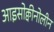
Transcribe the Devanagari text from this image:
आइसोक्वीनोलीन